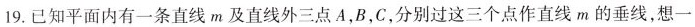
19.已知平面内有一条直线m及直线外三点A，B，C，分别过这三个点作直线m的垂线，想一